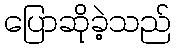
ပြောဆိုခဲ့သည်